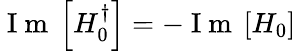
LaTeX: \mathrm{~I~m~}\left[H_{0}^{\dagger}\right]=-\mathrm{~I~m~}\left[H_{0}\right]